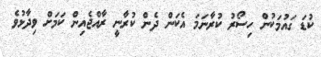
ކުޑަ ގައުމަކުން ހިސޯރު ކުރާނަމަ އެކަން ދެން ކުރާނީ ރާއްޖެއިން ކަމަށް ވިދާޅުވެ